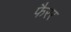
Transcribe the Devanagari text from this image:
फैरर